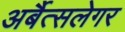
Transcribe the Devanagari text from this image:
अर्बैत्सलेगर